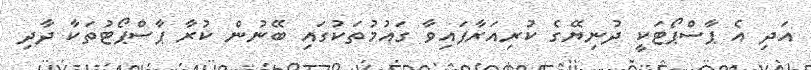
އަދި އެ ޕާސްޕޯޓަކީ ދުނިޔޭގެ ކުރިއަރާފައިވާ ގައުމުތަކުގައި ބޭނުން ކުރާ ޕާސްޕޯޓުތަކާ ދާދި